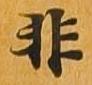
非